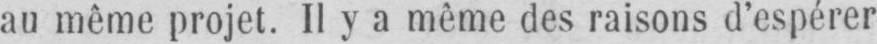
au même projet. Il y a même des raisons d’espérer